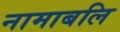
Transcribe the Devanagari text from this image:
नामाबलि